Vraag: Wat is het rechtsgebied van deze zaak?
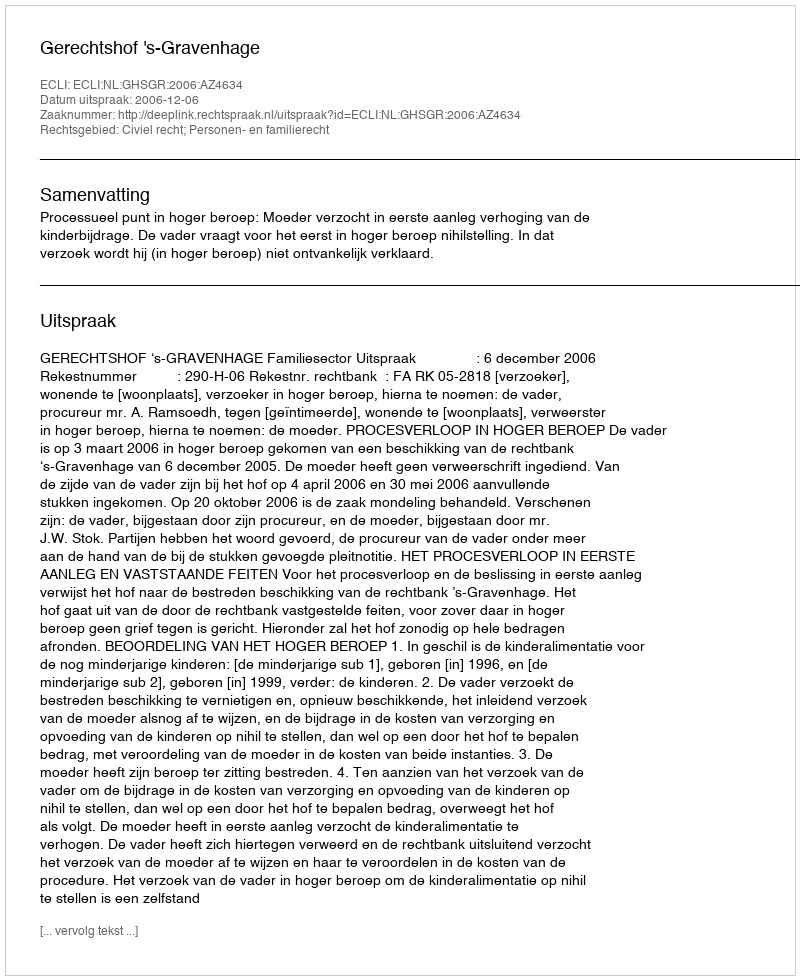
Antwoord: Civiel recht; Personen- en familierecht